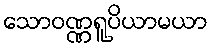
သောဝဏ္ဏရူပိယာမယာ